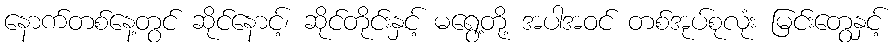
နောက်တစ်နေ့တွင် ဆိုင်နောင့်၊ ဆိုင်တိုင်းနှင့် မရွေ့တို့ အပါအဝင် တစ်အုပ်စုလုံး မြင်းတွေနှင့်